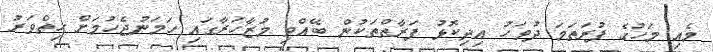
މެއި މަހުގެ ފުރަތަމަ ދުވަހު އިދިކޮޅު ފަރާތްތަކުން ބޭއްވި މުޒާހަރާގައި ހަމަނުޖެހުމަށް ހިތްވަރު